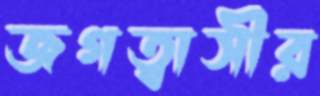
জগত্বাসীর